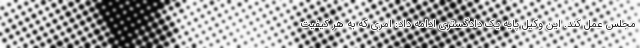
مجلس عمل کند. این وکیل پایه یک دادگستری ادامه داد: امری که به هر کیفیت